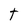
Character: T